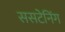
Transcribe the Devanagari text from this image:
ससटेनिंग